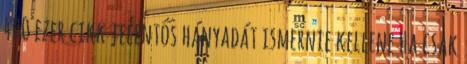
400 ezer cikk jelentős hányadát ismernie kellene Ha csak